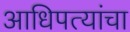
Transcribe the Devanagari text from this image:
आधिपत्यांचा